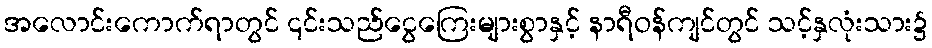
အလောင်းကောက်ရာတွင် ၎င်းသည်ငွေကြေးများစွာနှင့် နာရီဝန်ကျင်တွင် သင့်နှလုံးသား၌